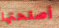
أصلحتها